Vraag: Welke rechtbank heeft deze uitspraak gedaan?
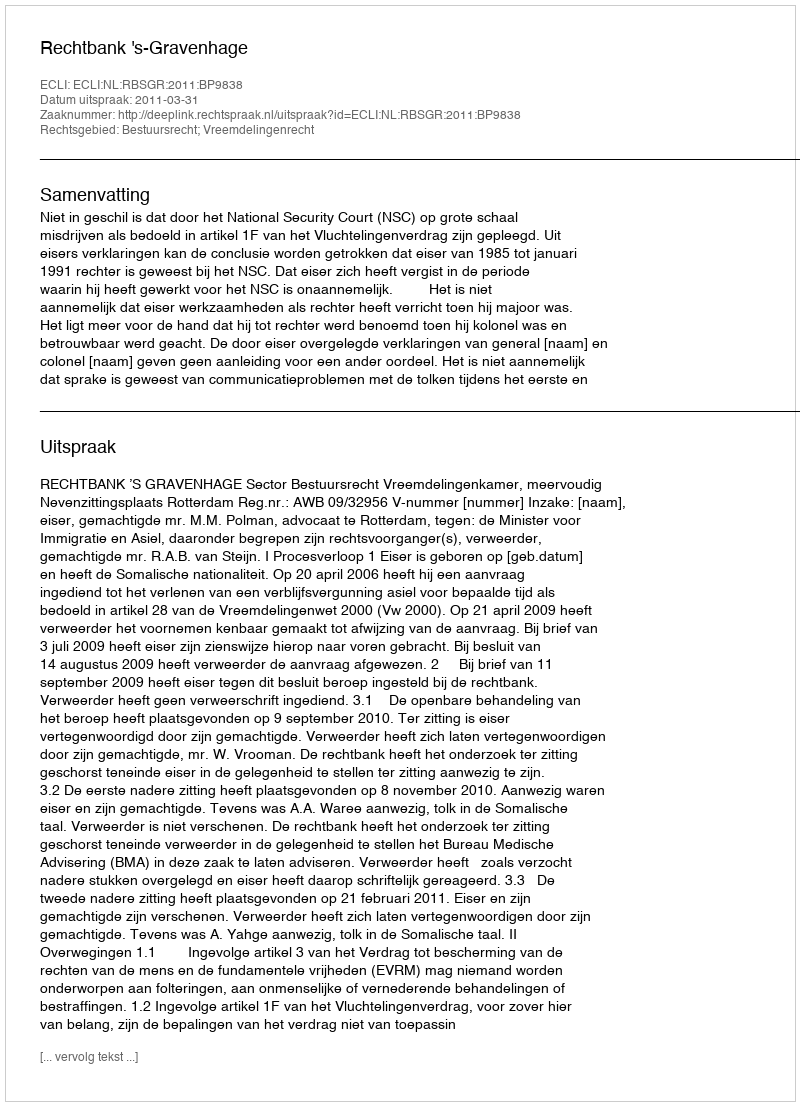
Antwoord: Rechtbank 's-Gravenhage